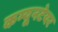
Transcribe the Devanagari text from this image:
कम्यूनटेयर